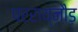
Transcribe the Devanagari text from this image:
परराय्नौड़